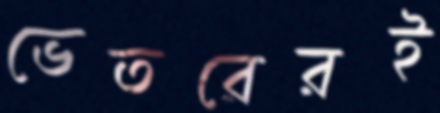
ভেতরেরই